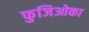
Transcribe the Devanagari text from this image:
फुजिओका